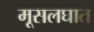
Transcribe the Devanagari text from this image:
मूसलघात